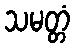
သမတ္တံ